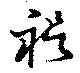
禔